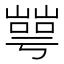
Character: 𡼰